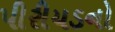
પીરીયડનો